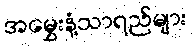
အမွှေးနံ့သာရည်များ